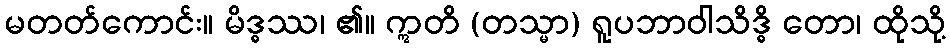
မတတ်ကောင်း။ မိဒ္ဓဿ၊ ၏။ ဣတိ (တသ္မာ) ရူပဘာဝါသိဒ္ဓိ တော၊ ထိုသို့